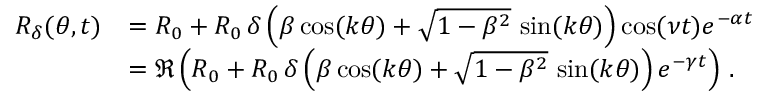
\begin{array} { r l } { R _ { \delta } ( \theta , t ) } & { = R _ { 0 } + R _ { 0 } \, \delta \left( \beta \cos ( k \theta ) + \sqrt { 1 - \beta ^ { 2 } } \, \sin ( k \theta ) \right) \cos ( \nu t ) e ^ { - \alpha t } } \\ & { = \Re \left( R _ { 0 } + R _ { 0 } \, \delta \left( \beta \cos ( k \theta ) + \sqrt { 1 - \beta ^ { 2 } } \, \sin ( k \theta ) \right) e ^ { - \gamma t } \right) \, . } \end{array}